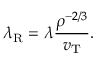
\lambda _ { \mathrm { R } } = \lambda \frac { \rho ^ { - 2 / 3 } } { v _ { \mathrm { T } } } .